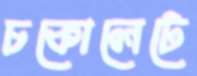
চকোলেটে